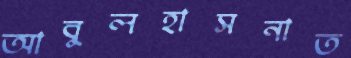
আবুলহাসনাত